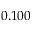
0 . 1 0 0